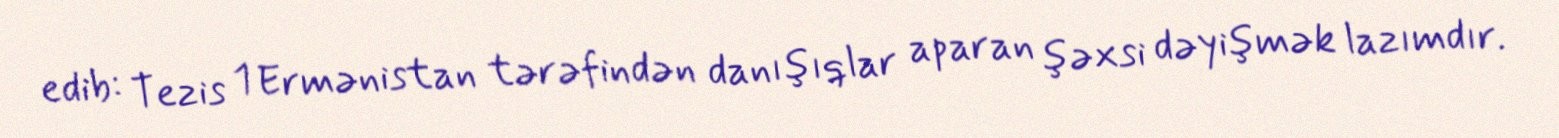
edib: Tezis 1 Ermənistan tərəfindən danışıqlar aparan şəxsi dəyişmək lazımdır.